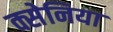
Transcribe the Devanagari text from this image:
क्सेनिया